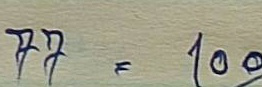
77 = 100